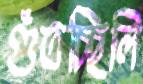
গুঁতচ্ছিলি